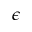
\epsilon